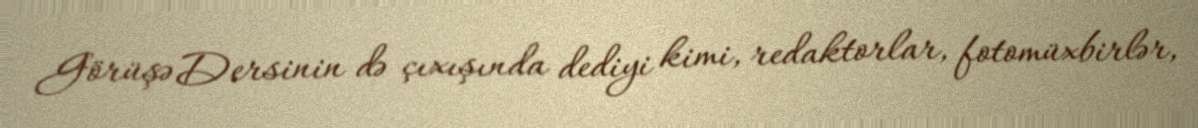
Görüşə Dersinin də çıxışında dediyi kimi, redaktorlar, fotomüxbirlər,